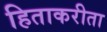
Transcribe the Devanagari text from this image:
हिताकरीता